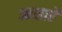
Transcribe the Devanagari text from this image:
आशाऐं